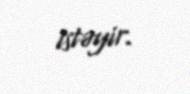
istəyir.